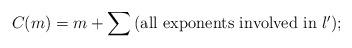
LaTeX: \begin{align*}C(m)=m+\sum\mbox{(all exponents involved in $l'$)};\end{align*}